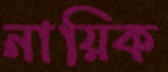
নায়িক